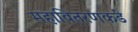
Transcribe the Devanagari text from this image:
महावितरणकडे